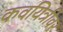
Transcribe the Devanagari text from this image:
कवयित्रीवर